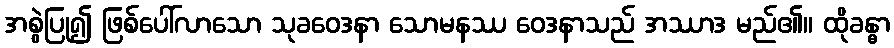
အစွဲပြု၍ ဖြစ်ပေါ်လာသော သုခဝေဒနာ သောမနဿ ဝေဒနာသည် အဿာဒ မည်၏။ ထိုခန္ဓာ